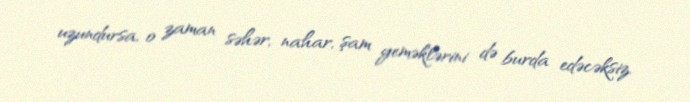
uzundursa, o zaman səhər, nahar, şam yeməklərini də burda edəcəksiz.